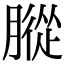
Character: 䐫